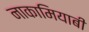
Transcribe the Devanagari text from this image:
नाकामियाबी